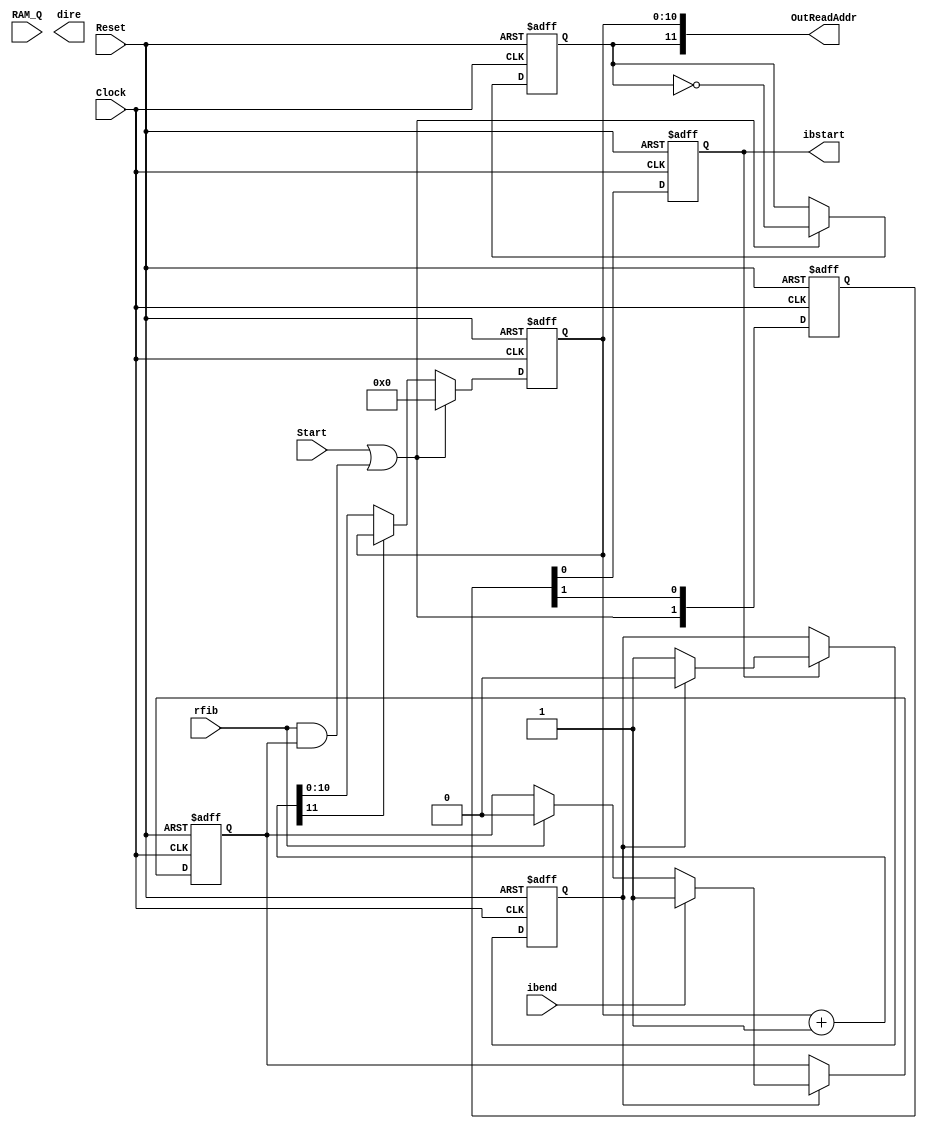
//Start
/* Portlist
FFTSeq_Loader #(.bw_dpram()) loader
	(Clock(Clock),.Reset(Reset),.Start(),.RAM_Q(),. ibend() ,
	.rfib(),.OutReadAddr(),.ibstart() );
*/
/* memo
FFT
VRAMCtrlStartLchRch
*/

module FFTSeq_Loader
#(
	////////////////////////////////////////////////////
	// Parameters
	parameter bw_dpram =	12,
	parameter bw_data = 	16
)
(
	////////////////////////////////////////////////////
	// Ports
	input Clock,Reset,Start,rfib,ibend,
	input [bw_data-1:0]	RAM_Q,
	output [bw_dpram-1:0] OutReadAddr,
	output [bw_data-1:0] dire,
	output reg ibstart
);
	localparam bw_counter = bw_dpram-1;
	////////////////////////////////////////////////////
	// Registers
	reg rSeqEn,rLRSW,rStat_Waiting_rfib_HI;
	reg [1:0]rPreibs;
	reg [bw_counter-1:0] rCount;
		
	////////////////////////////////////////////////////
	// Net
	wire [bw_dpram-1:0] wCount = rCount + 1;		//Counter +1bit
	assign OutReadAddr = {rLRSW,rCount[bw_counter-1:0]};
	wire wStart = Start | (rfib & rStat_Waiting_rfib_HI);	//RAM
	
	////////////////////////////////////////////////////
	// Instantiations

	always@(posedge Clock or posedge Reset) begin
		if ( Reset ) begin
			rStat_Waiting_rfib_HI <= 0;
			rLRSW		<= 1'b0;
			rSeqEn		<= 1'b0;
			rCount		<= 0;
			ibstart		<= 0;
			rPreibs		<= 0;
		end else begin
		
			rPreibs[1]	<= wStart; //
			rPreibs[0]	<= rPreibs[1];
			ibstart 	<= rPreibs[0];
				
			if ( wStart ) begin
				rLRSW		<= ~rLRSW;
				rCount		<= 0;
			end else
			if ( !wCount[bw_dpram-1] ) begin	//
				rCount		<= wCount[bw_counter-1:0];
			end
			
			if(ibstart) begin
				if (!rSeqEn) 
					rSeqEn	<= 1'b1;
				else
					rSeqEn	<= 1'b0;
			end
			
			if (rSeqEn ) begin
				if (ibend)
					rStat_Waiting_rfib_HI	<= 1'b1;
				else if ( rfib )
					rStat_Waiting_rfib_HI	<= 1'b0;
			end
			
		end
	end

endmodule